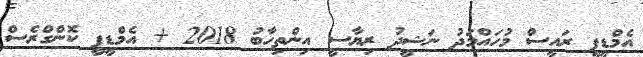
އެމްޑީޕީ ރައީސް މުހައްމަދު ނަޝީދު ރިޔާސީ އިންތިހާބު 2018 + އެމްޑީޕީ ކޮންގްރެސް